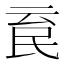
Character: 𣱉